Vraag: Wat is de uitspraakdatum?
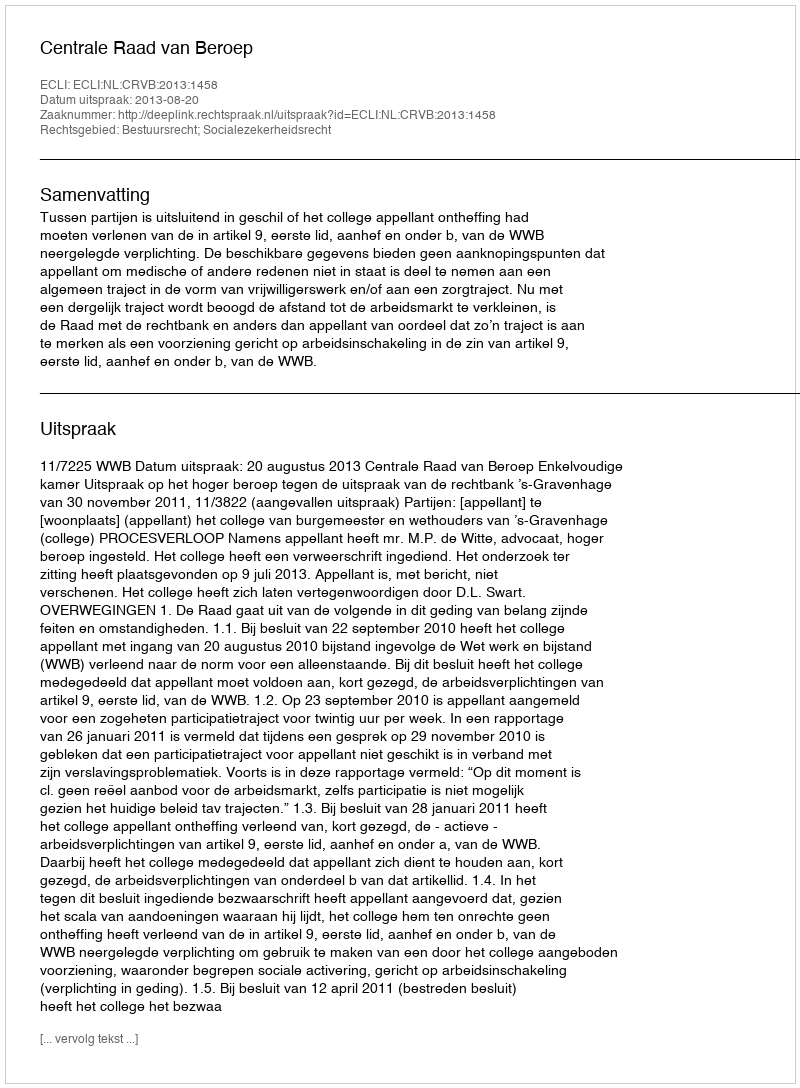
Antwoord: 2013-08-20